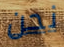
نحن